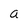
Character: a